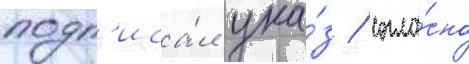
подп'иса́л ука́з / согла́сно